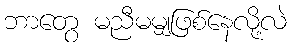
ဘာတွေ မညီမမျှဖြစ်နေလို့လဲ